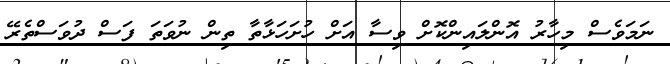
ނަމަވެސް މިހާރު އޮންލައިންކޮށް ވިސާ އަށް ހުށަހަޅާތާ ތިން ނުވަތަ ފަސް ދުވަސްތެރޭ